Tezpur Lunatic Asylum reports 1895-1904 - 1895-1904
Year: 1895
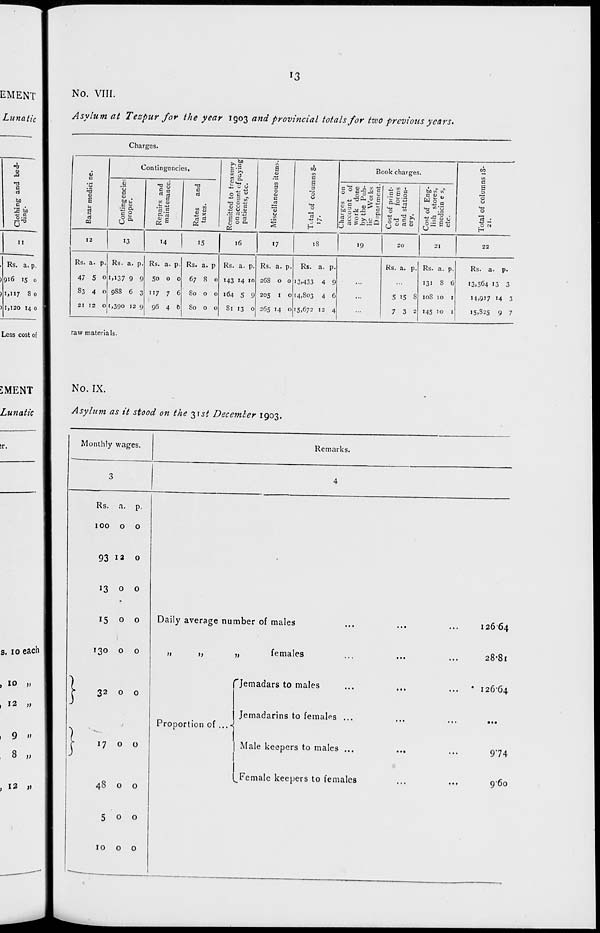
'3
EMENT
Lunatic
u
Ja
•O
c
bfl
c
IS !M
II
Rs. a. p.
)9i6 15 0
)i»"7 8 0
) 1,120 14 0
No. VIII.
Asylum at Tezpur for the year 1903 and provincial totals for tzvo previous years.
Charges.
6
a
'0
'O
6
E
J5
rt
03
Contingencies.
Remitted to treasury
on account ofpaying
patients, etc.
1
d
0
<D
c
-3
y
Total of columns 8-
'7-
Book charges.
CO
in
C
Contingencier;
proper.
rt CT)
c
ft rt
T3
C
rt
Charges on
account of
work done
by the Pub-
lic VVoi ks
Department.
Cost of print-
ed
forms
and station-
ery.
Cost of Eng-
lish stores,
medicin e s,
etc.
S
"o 0
0
3 -
H
12
13
'4
15
16
17
18
'9
20
21
22
Rs. a. p.
47 5 0
S3 4 0
21 12 0
Rs. a. p.
1,137 9 9
98S 6 3
1,390 12 9
Rs. a. p.
50 0 0
117 7 6
96 4 b
Rs. a. p
67 8 0
80 0 0
80 0 0
Rs. a. p.
143 '4 m
164 5 9
Si 13 0
Rs. a. p.
2GS 0 0
205 1 0
265 14 0
Rs. a. p.
13,433 4 9
14,803 4 6
15,672 12 4
...
Rs. a. p.
5 15 S
7 3 2
Rs. a. p.
131 3 6
10S 10 1
145 10 1
Rs. a. p.
13,564 13 3
M,9'7 14 3
I5.S25 9 7
Less cost of
raw materials.
SMENT
Lunatic
;r.
s. 10 eacn
, 10 „
, 12 „
, 9 »
8 „
,12 >»
No. IX.
Asylum as it stood on the %\st Decemler 1903.
Monthly wages.
Remarks.
Rs. a. p.
100 o o
93 12 0
13 o o
15 o o
130 o o
32 o o
1700
48 o o
500
1000
Daily average number of males
i>
females
Jemadars to males
12664
28*81
...
' 126-64
Proportion of ... «j
I .
Jemadarins to females .,
I Male keepers to males ...
l^Female keepers to females
974
960